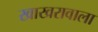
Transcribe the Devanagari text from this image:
खाखरावाला